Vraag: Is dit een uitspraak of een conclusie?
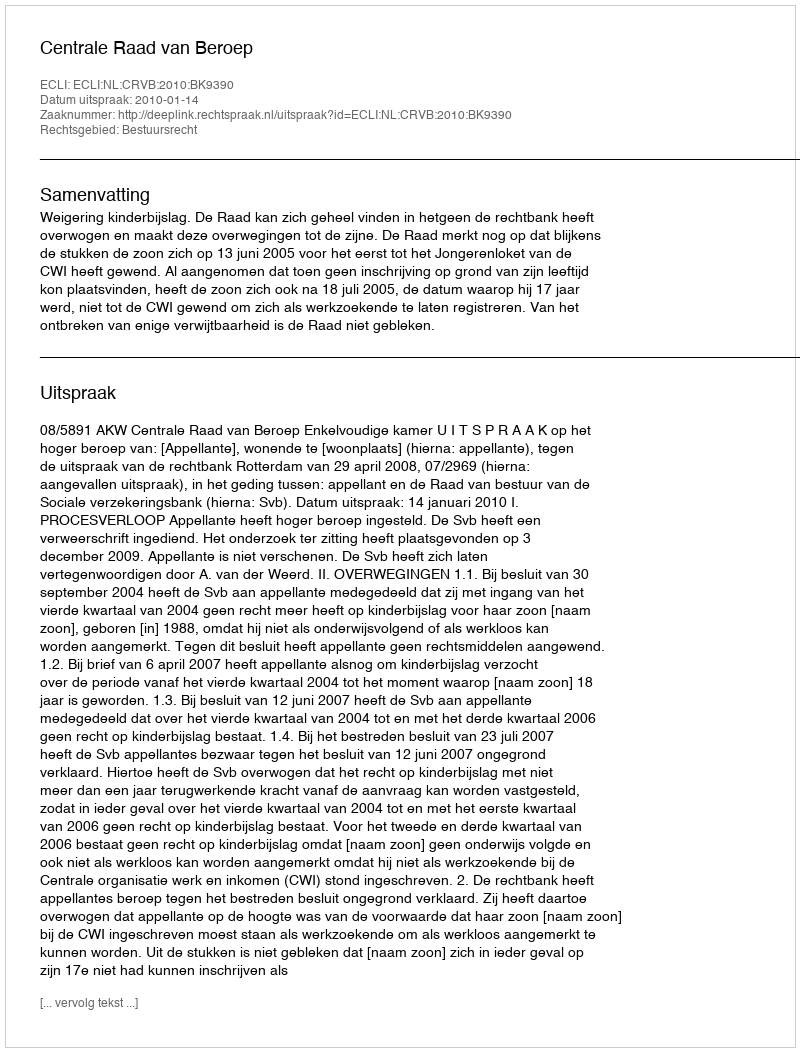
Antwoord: Uitspraak